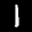
Label: 1